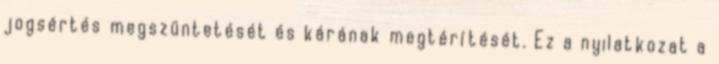
jogsértés megszüntetését és kárának megtérítését. Ez a nyilatkozat a